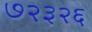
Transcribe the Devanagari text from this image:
७२३२६